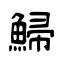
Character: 鯞